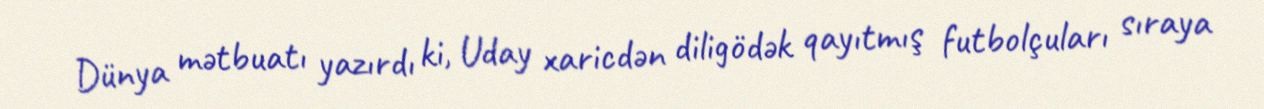
Dünya mətbuatı yazırdı ki, Uday xaricdən diligödək qayıtmış futbolçuları sıraya